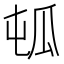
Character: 㼊